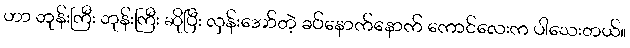
ဟာ ဘုန်းကြီး ဘုန်းကြီး ဆိုပြီး လှန်းအော်တဲ့ ခပ်နောက်နောက် ကောင်လေးက ပါသေးတယ်။